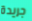
جريدة